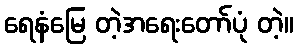
ရေနံမြေ တဲ့အရေးတော်ပုံ တဲ့။